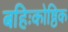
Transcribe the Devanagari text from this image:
बहिःकोष्ठिक